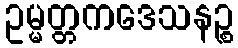
ဥမ္မတ္တကဒေသနဉ္စ